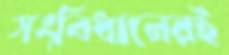
সংবিধানেরই